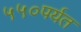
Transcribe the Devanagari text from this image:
५५०पर्यत